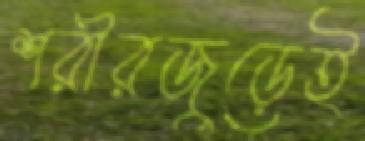
শরীরজুড়েই